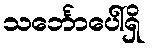
သင်္ဘောပေါ်ရှိ